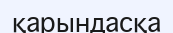
қарындасқа